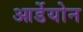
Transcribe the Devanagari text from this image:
आर्डेयोन